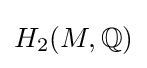
H_{2}(M,\mathbb {Q} )